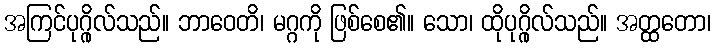
အကြင်ပုဂ္ဂိုလ်သည်။ ဘာဝေတိ၊ မဂ္ဂကို ဖြစ်စေ၏။ သော၊ ထိုပုဂ္ဂိုလ်သည်။ အတ္ထတော၊